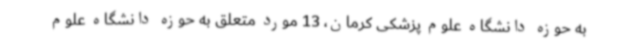
به حوزه دانشگاه علوم پزشکی کرمان، 13 مورد متعلق به حوزه دانشگاه علوم